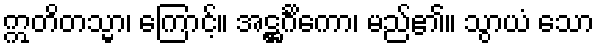
ဣတိတသ္မာ၊ ကြောင့်။ အဋ္ဌင်္ဂိကော၊ မည်၏။ သွာယံ သော